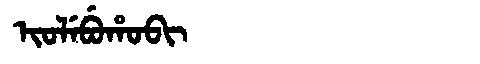
Manchu: ᡳᠣᠯᡝᠪᡠᡥᠣᠪᡳ
Romanization: IOLEBUHOBI